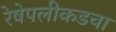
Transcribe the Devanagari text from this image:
रेषेपलीकडचा